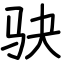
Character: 𫘝